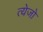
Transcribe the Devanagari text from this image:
त्येजो